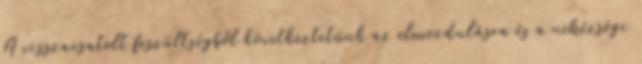
A visszacsatolt feszültségből következtetünk az elmozdulásra és a nehézségi